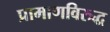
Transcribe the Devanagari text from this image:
प्रामाणविरुद्ध